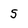
Character: S